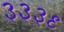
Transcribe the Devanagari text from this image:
३३३९